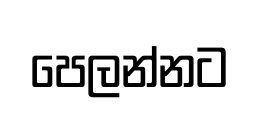
පෙලන්නට